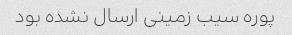
پوره سیب زمینی ارسال نشده بود